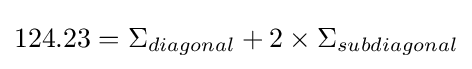
124.23=\Sigma _{diagonal}+2\times \Sigma _{subdiagonal}